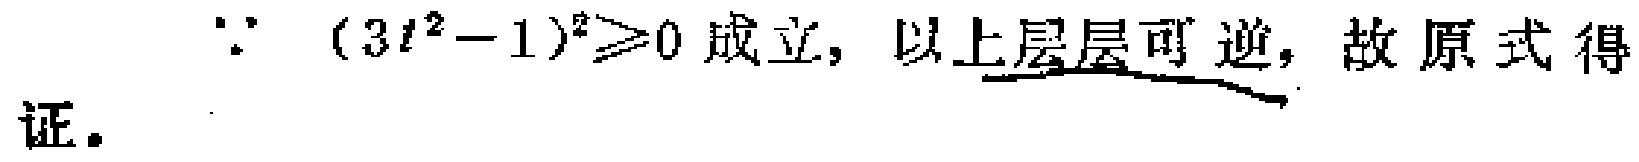
\(\because (3t^{2}-1)^{2}\geqslant0\)成立，以上层层可逆，故原式得证。